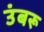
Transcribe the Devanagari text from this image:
उंबरू